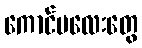
ကောင်မလေးတွေ